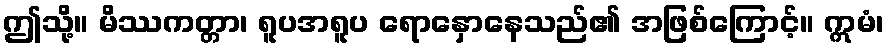
ဤသို့။ မိဿကတ္တာ၊ ရူပအရူပ ရောနှောနေသည်၏ အဖြစ်ကြောင့်။ ဣမံ၊